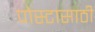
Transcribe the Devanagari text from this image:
पोस्टासाठी